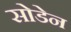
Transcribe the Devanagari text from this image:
सोडेन